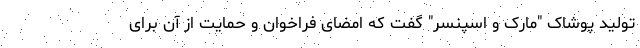
تولید پوشاک "مارک و اسپنسر" گفت که امضای فراخوان و حمایت از آن برای